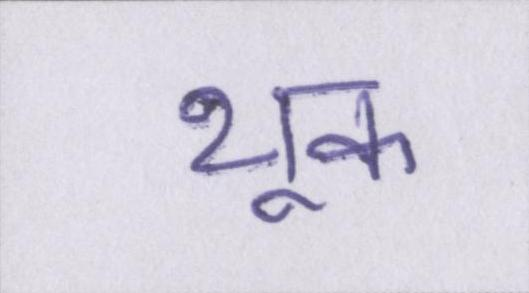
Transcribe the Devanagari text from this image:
थूक